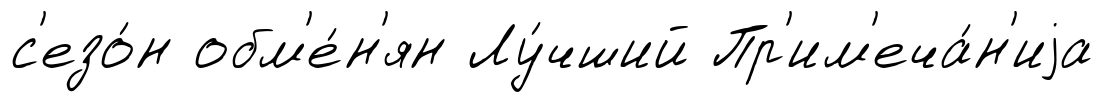
с'езо́н обм'е́н'ян Лу́чший Пр'им'еча́н'иjа